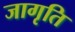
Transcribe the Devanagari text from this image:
जागृति